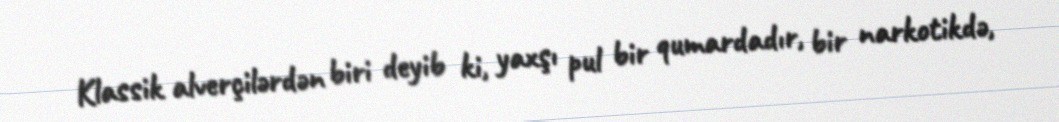
Klassik alverçilərdən biri deyib ki, yaxşı pul bir qumardadır, bir narkotikdə,